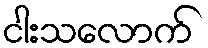
ငါးသလောက်